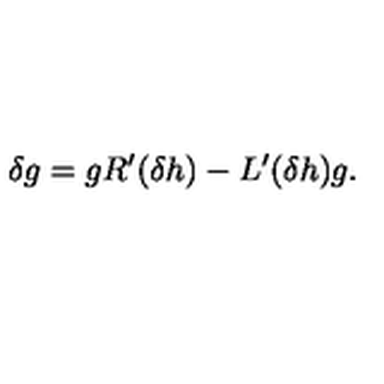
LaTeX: \delta g = g R ^ { \prime } ( \delta h ) - L ^ { \prime } ( \delta h ) g .